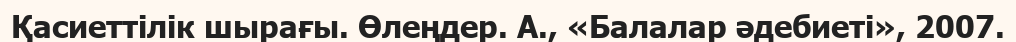
Қасиеттілік шырағы. Өлеңдер. А., «Балалар әдебиеті», 2007.